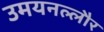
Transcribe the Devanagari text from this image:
उमयनल्लौर